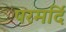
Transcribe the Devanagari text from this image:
परमर्दि